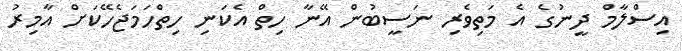
އިސްލާމް ދީނުގެ އެ މަތިވެރި ނަސީބުން އޭނާ ހިތް އެކަނި ހިތްހަމަޖެހޭކަށް އާމިރު